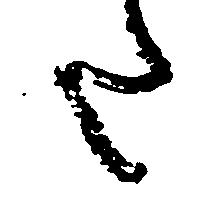
た